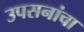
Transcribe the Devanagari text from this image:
उपसनांचा